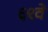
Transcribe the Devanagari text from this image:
६९वे